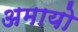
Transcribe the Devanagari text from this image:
अमायो